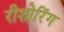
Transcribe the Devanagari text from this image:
रीशोरिंग